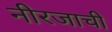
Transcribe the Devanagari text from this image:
नीरजाची